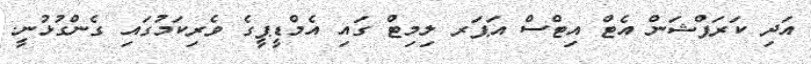
އަދި ކަރަޕްޝަން އެޓް އިޓްސް އަޕަރ ލިމިޓް ގައި އެމްޑީޕީގެ ވެރިކަމުގައި ގެންގުޅުނީ.